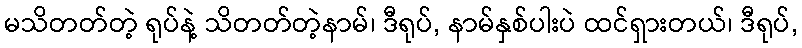
မသိတတ်တဲ့ ရုပ်နဲ့ သိတတ်တဲ့နာမ်၊ ဒီရုပ်, နာမ်နှစ်ပါးပဲ ထင်ရှားတယ်၊ ဒီရုပ်,